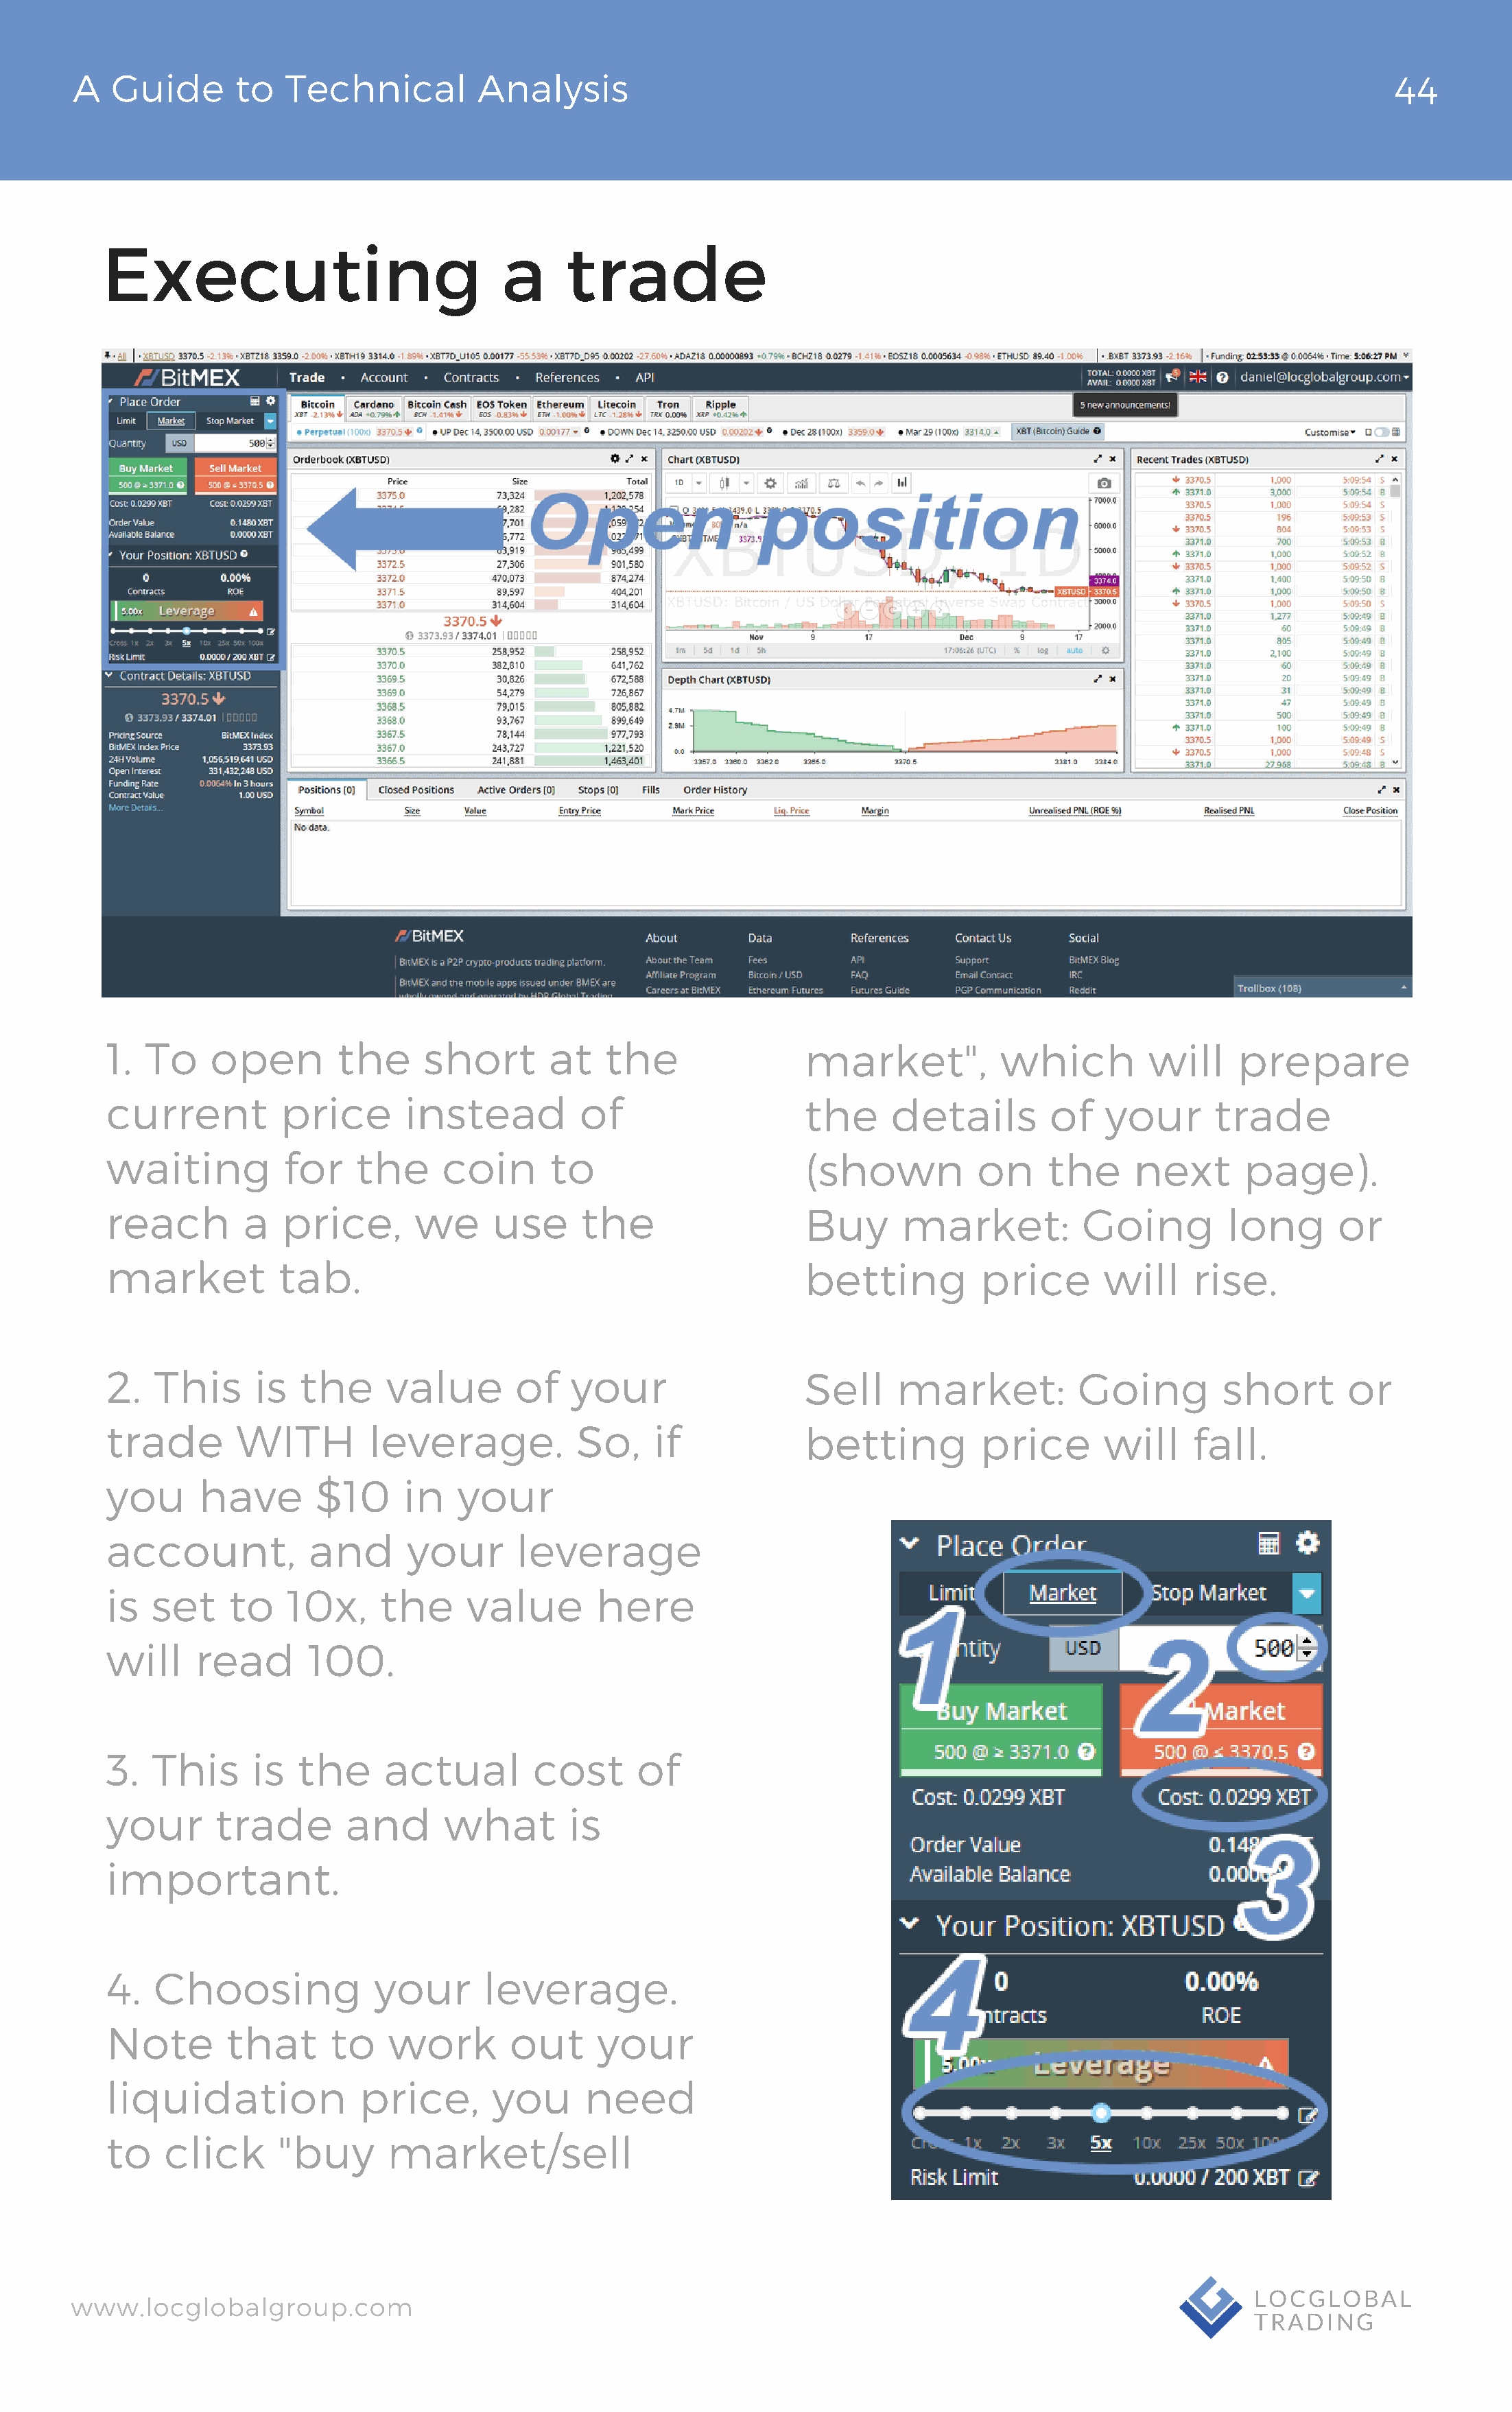
A   Guide       to  Technical          Analysis                                                                                 44
 Executing                             a      trade
 1.  To    open         the     short       at   the                 market",          which          will    prepare
 current          price       instead          of                    the     details        of    your      trade
 waiting          for    the      coin      to                       (shown          on     the     next       page).
 reach        a   price,       we      use     the                   Buy      market:          Going         long       or
 market           tab.                                               betting          price      will     rise.
 2.   This      is  the     value        of   your                   Sell    market:           Going         short       or
 trade        WITH         leverage.           So,    if             betting          price      will     fall.
 you      have       $10      in   your
 account,            and      your       leverage
 is   set    to    10x,     the     value       here
 will     read       100.
 3.   This     is   the     actual        cost      of
 your       trade       and       what        is
 important.
 4.   Choosing             your       leverage.
 Note        that      to   work        out      your
 liquidation              price,      you      need
 to    click      "buy      market/sell
 www.locglobalgroup.com                                                                                            LOCGLOBAL
 TRADING